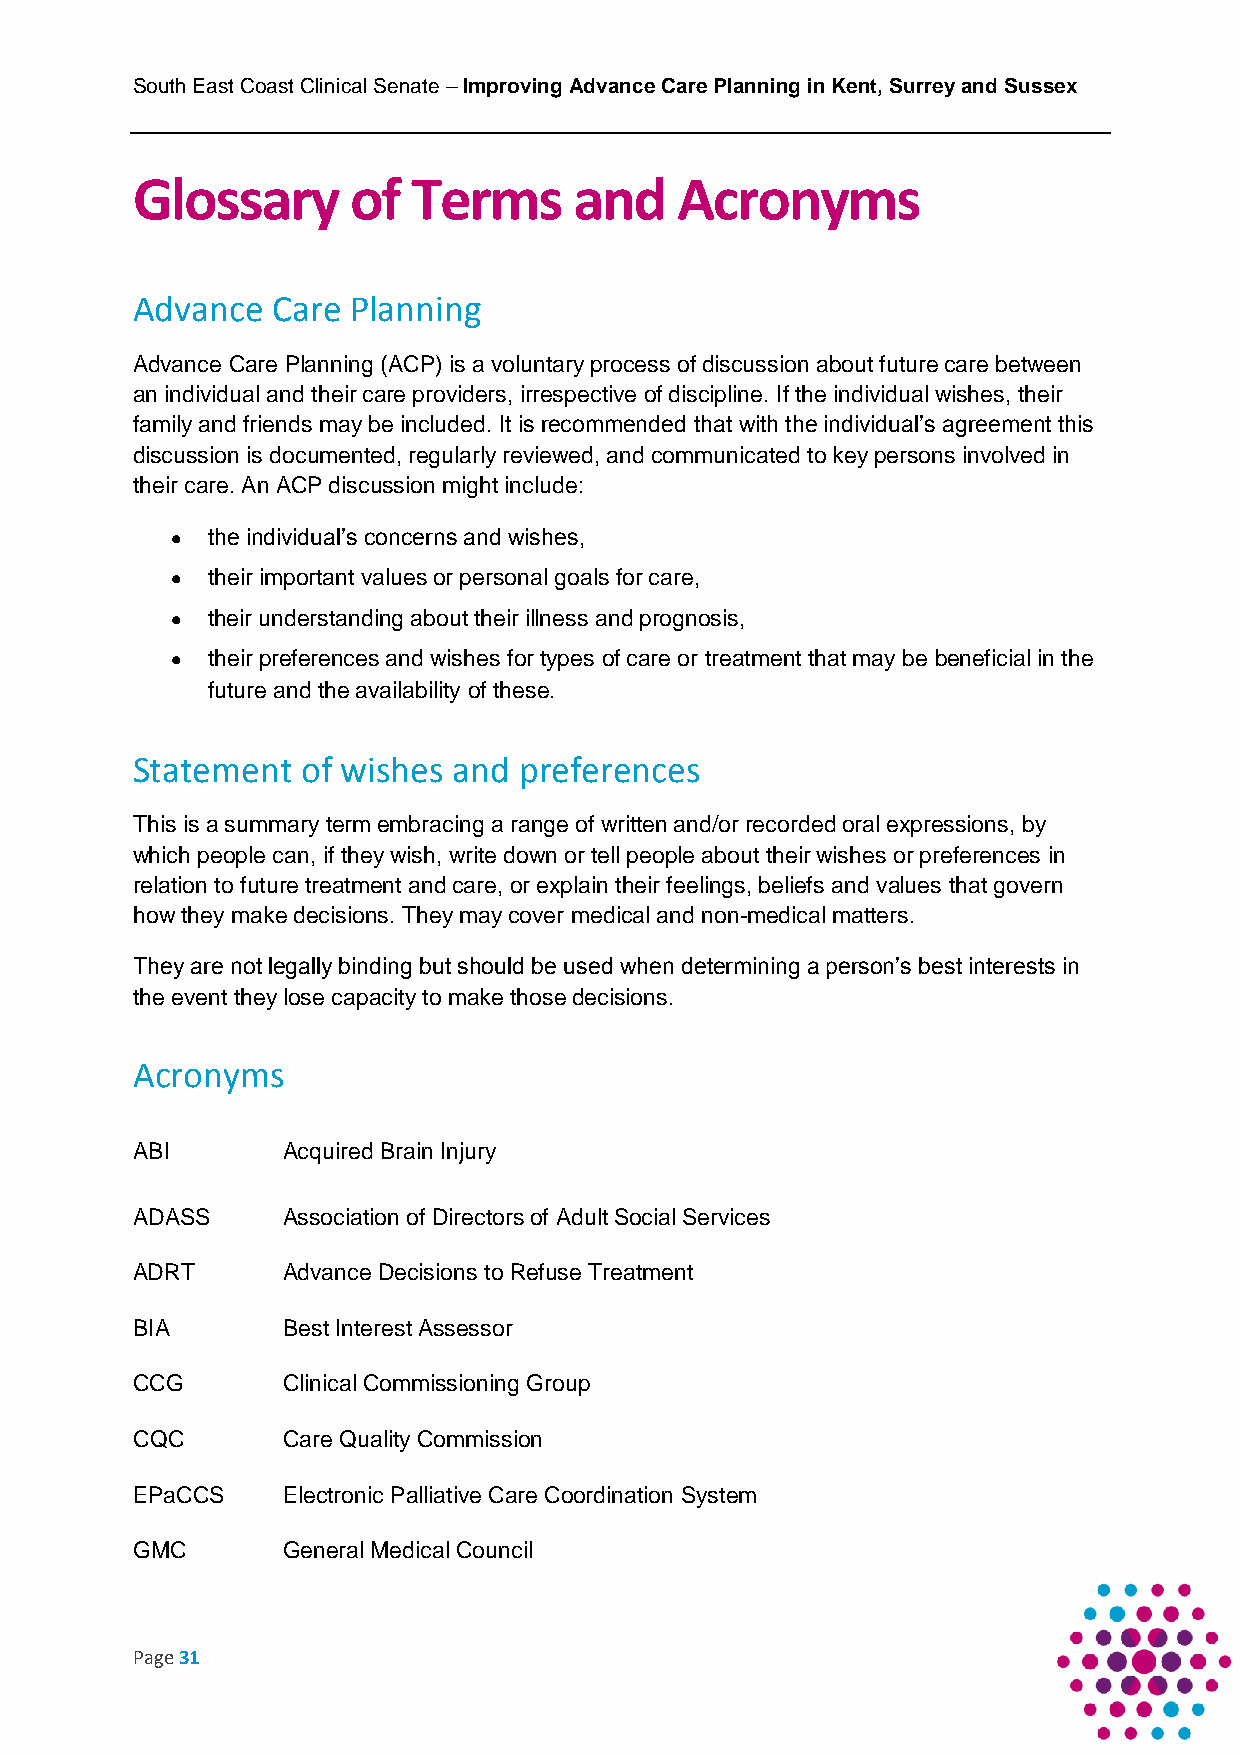
South East Coast Clinical Senate – Improving Advance Care Planning in Kent, Surrey and Sussex
 Glossary      of  Terms      and    Acronyms
 Advance  Care Planning
 Advance Care Planning (ACP) is a voluntary process of discussion about future care between
 an individual and their care providers, irrespective of discipline. If the individual wishes, their
 family and friends may be included. It is recommended that with the individual’s agreement this
 discussion is documented, regularly reviewed, and communicated to key persons involved in
 their care. An ACP discussion might include:
   the individual’s concerns and wishes,
   their important values or personal goals for care,
   their understanding about their illness and prognosis,
   their preferences and wishes for types of care or treatment that may be beneficial in the
 future and the availability of these.
 Statement  of wishes and preferences
 This is a summary term embracing a range of written and/or recorded oral expressions, by
 which people can, if they wish, write down or tell people about their wishes or preferences in
 relation to future treatment and care, or explain their feelings, beliefs and values that govern
 how they make decisions. They may cover medical and non-medical matters.
 They are not legally binding but should be used when determining a person’s best interests in
 the event they lose capacity to make those decisions.
 Acronyms
 ABI       Acquired Brain Injury
 ADASS     Association of Directors of Adult Social Services
 ADRT      Advance Decisions to Refuse Treatment
 BIA       Best Interest Assessor
 CCG       Clinical Commissioning Group
 CQC       Care Quality Commission
 EPaCCS    Electronic Palliative Care Coordination System
 GMC       General Medical Council
 Page 31